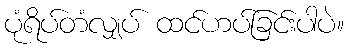
ပုံရိပ်တံလျှပ် ထင်ဟပ်ခြင်းပါပဲ။